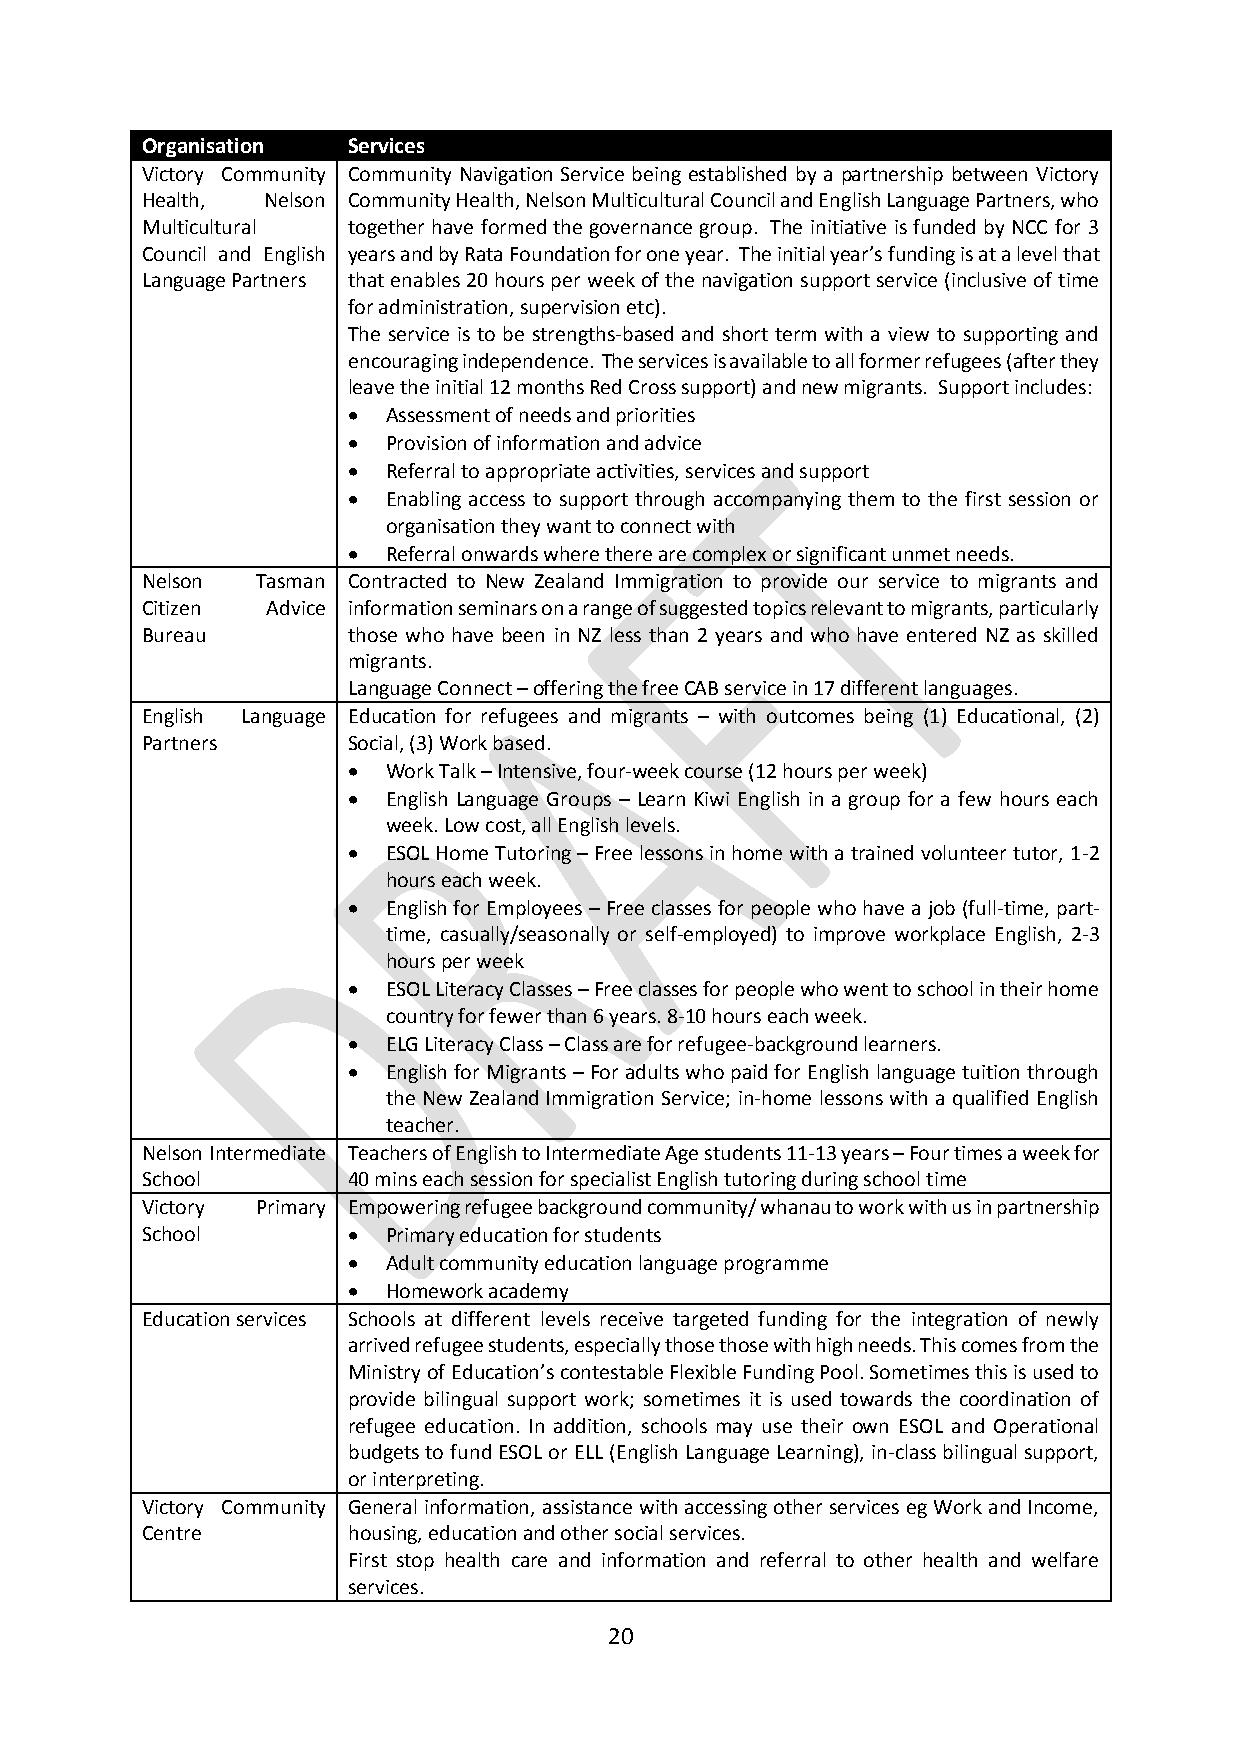
Organisation  Services
 Victory Community Community Navigation Service being established by a partnership between Victory
 Health, Nelson Community Health, Nelson Multicultural Council and English Language Partners, who
 Multicultural together have formed the governance group. The initiative is funded by NCC for 3
 Council and English years and by Rata Foundation for one year. The initial year’s funding is at a level that
 Language Partners that enables 20 hours per week of the navigation support service (inclusive of time
 for administration, supervision etc).
 The service is to be strengths-based and short term with a view to supporting and
 encouraging independence. The services is available to all former refugees (after they
 leave the initial 12 months Red Cross support) and new migrants. Support includes:
   Assessment of needs and priorities
   Provision of information and advice
   Referral to appropriate activities, services and support
   Enabling access to support through accompanying them to the first session or
 organisation they want to connect with
   Referral onwards where there are complex or significant unmet needs.
 Nelson  Tasman Contracted to New Zealand Immigration to provide our service to migrants and
 Citizen  Advice information seminars on a range of suggested topics relevant to migrants, particularly
 Bureau        those who have been in NZ less than 2 years and who have entered NZ as skilled
 migrants.
 Language Connect – offering the free CAB service in 17 different languages.
 English Language Education for refugees and migrants – with outcomes being (1) Educational, (2)
 Partners      Social, (3) Work based.
   Work Talk – Intensive, four-week course (12 hours per week)
   English Language Groups – Learn Kiwi English in a group for a few hours each
 week. Low cost, all English levels.
   ESOL Home Tutoring – Free lessons in home with a trained volunteer tutor, 1-2
 hours each week.
   English for Employees – Free classes for people who have a job (full-time, part-
 time, casually/seasonally or self-employed) to improve workplace English, 2-3
 hours per week
   ESOL Literacy Classes – Free classes for people who went to school in their home
 country for fewer than 6 years. 8-10 hours each week.
   ELG Literacy Class – Class are for refugee-background learners.
   English for Migrants – For adults who paid for English language tuition through
 the New Zealand Immigration Service; in-home lessons with a qualified English
 teacher.
 Nelson Intermediate Teachers of English to Intermediate Age students 11-13 years – Four times a week for
 School        40 mins each session for specialist English tutoring during school time
 Victory Primary Empowering refugee background community/ whanau to work with us in partnership
 School          Primary education for students
   Adult community education language programme
   Homework academy
 Education services Schools at different levels receive targeted funding for the integration of newly
 arrived refugee students, especially those those with high needs. This comes from the
 Ministry of Education’s contestable Flexible Funding Pool. Sometimes this is used to
 provide bilingual support work; sometimes it is used towards the coordination of
 refugee education. In addition, schools may use their own ESOL and Operational
 budgets to fund ESOL or ELL (English Language Learning), in-class bilingual support,
 or interpreting.
 Victory Community General information, assistance with accessing other services eg Work and Income,
 Centre        housing, education and other social services.
 First stop health care and information and referral to other health and welfare
 services.
 20